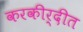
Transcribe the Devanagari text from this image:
करकीर्दीत